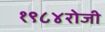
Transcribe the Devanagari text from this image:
१९८४रोजी